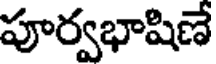
పూర్వభాషిణే